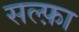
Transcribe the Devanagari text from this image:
सल्फ़ा